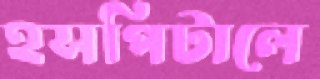
হসপিটালে